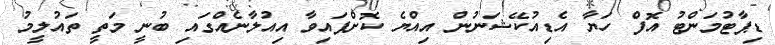
ޑިޕާޓުމަންޓު އޮފް ހަޔާ އެޑިއުކޭޝަނުން އިއްޔެ ކޮށްފައިވާ އިއުލާނެއްގައި ބުނީ މަތީ ތައުލީމު